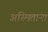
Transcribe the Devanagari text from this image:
अस्मिताना